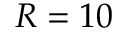
R = 1 0